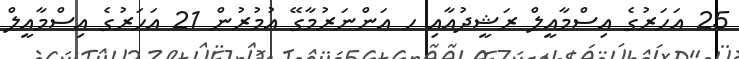
25 އަހަރުގެ އިސްމާއީލް ރަޝީދުއާއި ހ އަންނަރުމާގޭ އުމުރުން 21 އަހަރުގެ އިސްމާއީލް